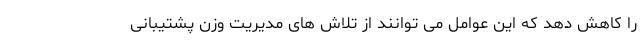
را کاهش دهد که این عوامل می توانند از تلاش های مدیریت وزن پشتیبانی